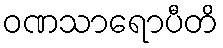
ဝဏသာရောပီတိ